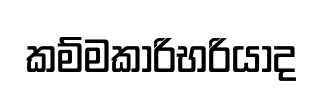
කම්මකාරිභරියාද